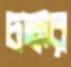
চক্কর